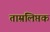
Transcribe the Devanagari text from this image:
ताम्रलिप्तक